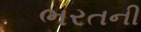
ભરતની